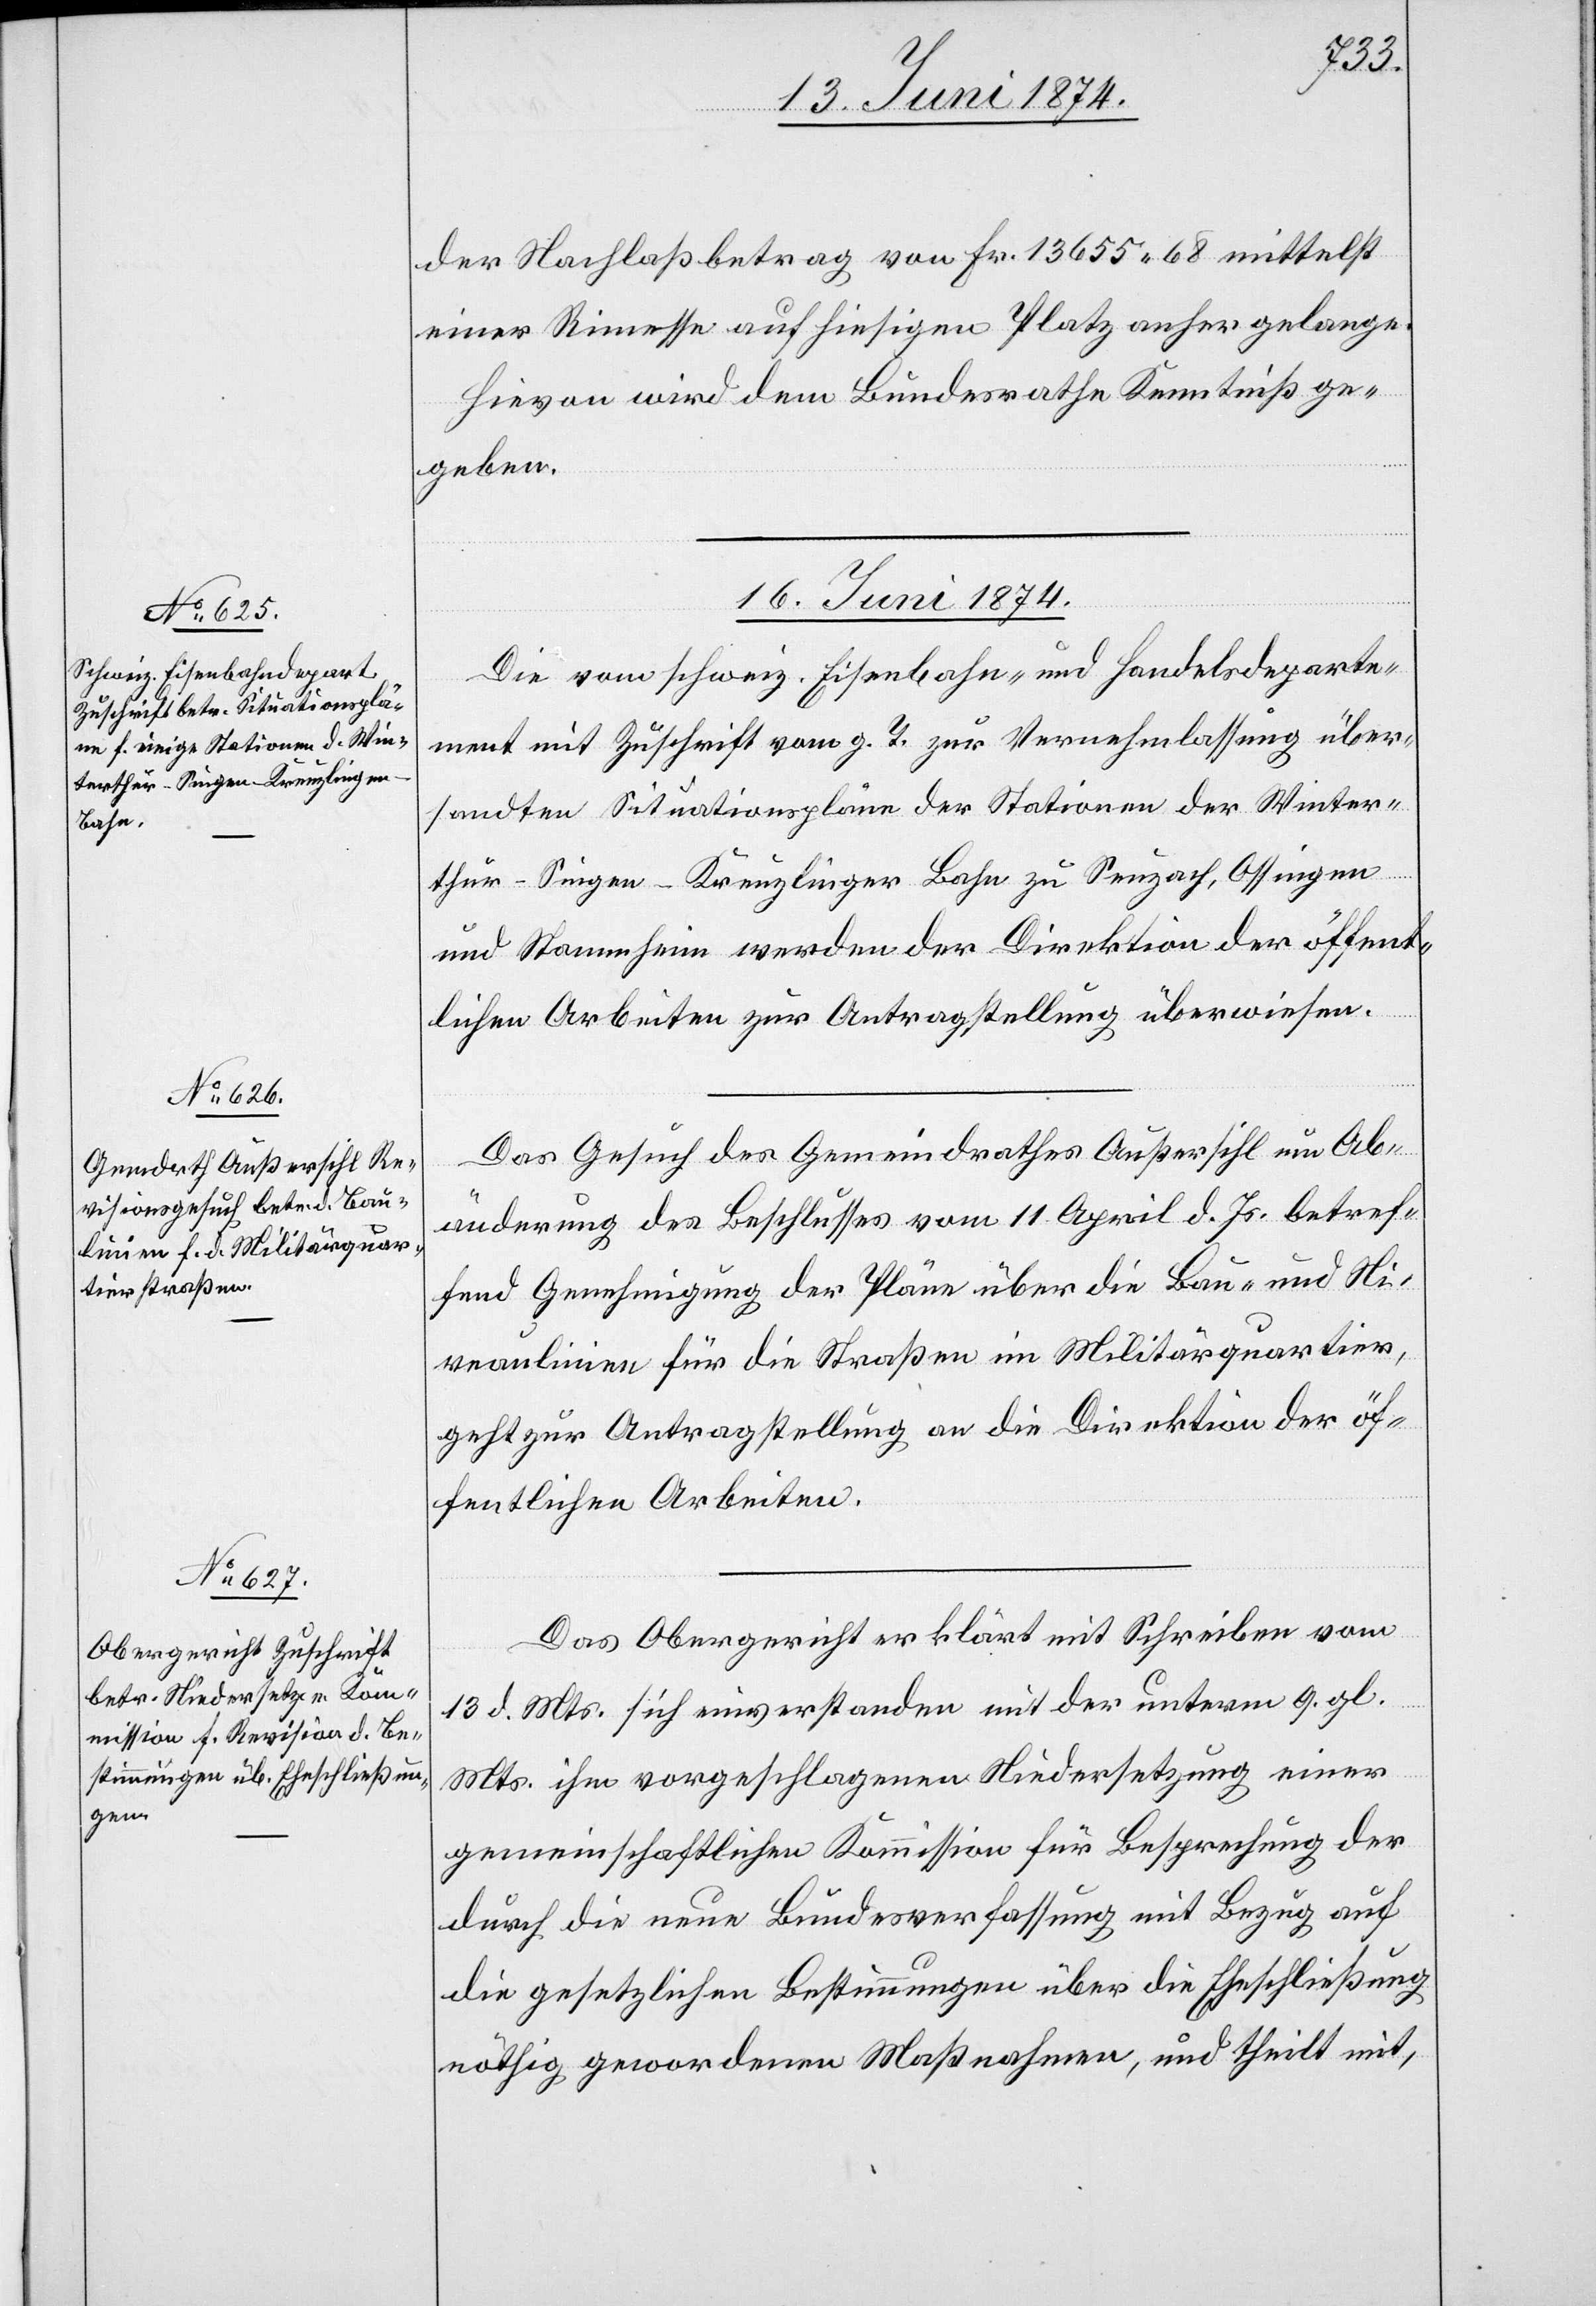
der Nachlaßbetrag von Fr. 13655.68 mittelst
einer Rimesse auf hiesigen Platz anher gelange.
Hievon wird dem Bundesrathe Kenntniß ge¬
geben.
16. Juni 1874.]
Die vom schweiz. Eisenbahn- und Handelsdeparte¬
ment mit Zuschrift vom g. T. zur Vernehmlassung über¬
sandten Situationspläne der Stationen der Winter¬
thur-Singen-Kreuzlinger Bahn zu Seuzach, Ossingen
und Stammheim werden der Direktion der öffent¬
lichen Arbeiten zur Antragstellung überwiesen.
Das Gesuch des Gemeindrathes Außersihl um Ab¬
änderung des Beschlusses vom 11. April d. Js. betref¬
fend Genehmigung der Pläne über die Bau- und Ni¬
veaulinien für die Straßen im Militärquartier,
geht zur Antragstellung an die Direktion der öf¬
fentlichen Arbeiten.
Das Obergericht erklärt mit Schreiben vom
13. d. Mts. sich einverstanden mit der unterm 9. gl.
Mts. ihm vorgeschlagenen Niedersetzung einer
gemeinschaftlichen Kommission für Besprechung der
durch die neue Bundesverfassung mit Bezug auf
die gesetzlichen Bestimmungen über die Eheschließung
nöthig gewordenen Maßnahmen, und theilt mit,